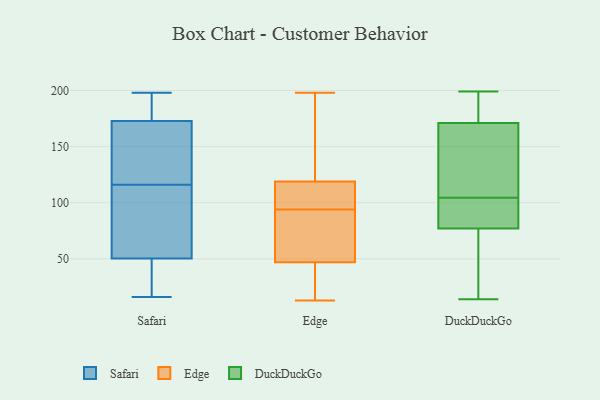
{"axis": {"x": "Shipments", "y": "Value"}, "legend": ["DuckDuckGo", "Edge", "Safari"], "data": [{"x": "", "y": 34, "type": "Safari"}, {"x": "", "y": 65, "type": "Safari"}, {"x": "", "y": 54, "type": "Safari"}, {"x": "", "y": 190, "type": "Safari"}, {"x": "", "y": 118, "type": "Safari"}, {"x": "", "y": 87, "type": "Safari"}, {"x": "", "y": 19, "type": "Safari"}, {"x": "", "y": 198, "type": "Safari"}, {"x": "", "y": 157, "type": "Safari"}, {"x": "", "y": 132, "type": "Safari"}, {"x": "", "y": 124, "type": "Safari"}, {"x": "", "y": 178, "type": "Safari"}, {"x": "", "y": 187, "type": "Safari"}, {"x": "", "y": 88, "type": "Safari"}, {"x": "", "y": 16, "type": "Safari"}, {"x": "", "y": 116, "type": "Safari"}, {"x": "", "y": 49, "type": "Safari"}, {"x": "", "y": 185, "type": "Safari"}, {"x": "", "y": 24, "type": "Safari"}, {"x": "", "y": 114, "type": "Edge"}, {"x": "", "y": 183, "type": "Edge"}, {"x": "", "y": 47, "type": "Edge"}, {"x": "", "y": 69, "type": "Edge"}, {"x": "", "y": 60, "type": "Edge"}, {"x": "", "y": 13, "type": "Edge"}, {"x": "", "y": 50, "type": "Edge"}, {"x": "", "y": 109, "type": "Edge"}, {"x": "", "y": 40, "type": "Edge"}, {"x": "", "y": 119, "type": "Edge"}, {"x": "", "y": 96, "type": "Edge"}, {"x": "", "y": 14, "type": "Edge"}, {"x": "", "y": 92, "type": "Edge"}, {"x": "", "y": 97, "type": "Edge"}, {"x": "", "y": 37, "type": "Edge"}, {"x": "", "y": 174, "type": "Edge"}, {"x": "", "y": 198, "type": "Edge"}, {"x": "", "y": 167, "type": "Edge"}, {"x": "", "y": 89, "type": "DuckDuckGo"}, {"x": "", "y": 43, "type": "DuckDuckGo"}, {"x": "", "y": 128, "type": "DuckDuckGo"}, {"x": "", "y": 17, "type": "DuckDuckGo"}, {"x": "", "y": 90, "type": "DuckDuckGo"}, {"x": "", "y": 85, "type": "DuckDuckGo"}, {"x": "", "y": 167, "type": "DuckDuckGo"}, {"x": "", "y": 187, "type": "DuckDuckGo"}, {"x": "", "y": 69, "type": "DuckDuckGo"}, {"x": "", "y": 14, "type": "DuckDuckGo"}, {"x": "", "y": 132, "type": "DuckDuckGo"}, {"x": "", "y": 112, "type": "DuckDuckGo"}, {"x": "", "y": 199, "type": "DuckDuckGo"}, {"x": "", "y": 175, "type": "DuckDuckGo"}, {"x": "", "y": 191, "type": "DuckDuckGo"}, {"x": "", "y": 97, "type": "DuckDuckGo"}]}